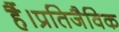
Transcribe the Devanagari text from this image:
हैं।प्रतिजैविक